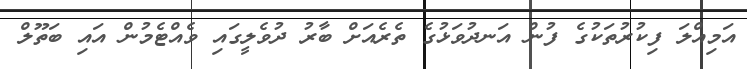
އަމިއްލަ ފިކުރުތަކުގެ ފުން އަނދުވަޅުގެ ތެރެއަށް ބާރު ދުވެލީގައި ވެއްޓެމުން އައި ބަތޫލް